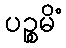
ပဉ္စမိံ